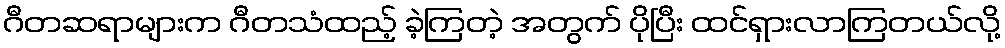
ဂီတဆရာများက ဂီတသံထည့် ခဲ့ကြတဲ့ အတွက် ပိုပြီး ထင်ရှားလာကြတယ်လို့